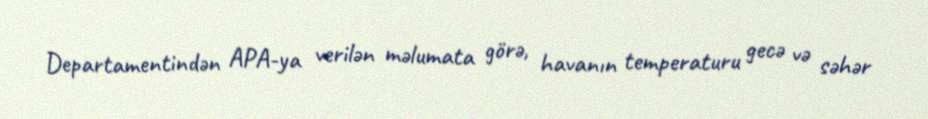
Departamentindən APA-ya verilən məlumata görə, havanın temperaturu gecə və səhər